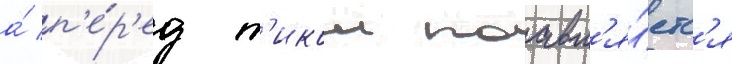
а́ п'е́р'ед т'икои поавл'я́етс'я